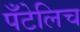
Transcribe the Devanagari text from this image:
पँटेलिच